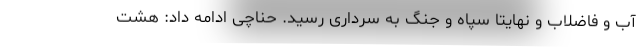
آب و فاضلاب و نهایتا سپاه و جنگ به سرداری رسید. حناچی ادامه داد: هشت